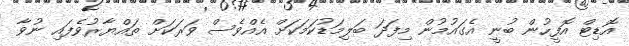
އޮޑިޓް އޮފީހުން ބުނީ އެގައުމުން މިފަދަ ބަލިމަޑުކަމަކަށް އެއްވެސް ވަރަކަށް ތައްޔާރުވެފައި ނުވާ